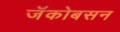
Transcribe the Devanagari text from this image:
जॅकोबसन